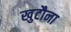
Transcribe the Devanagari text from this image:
खुटौना